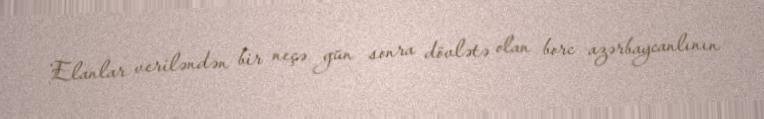
Elanlar veriləndən bir neçə gün sonra dövlətə olan borc azərbaycanlının